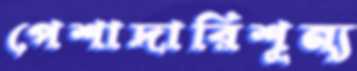
পেশাদারিশূন্য